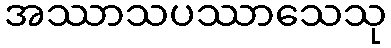
အဿာသပဿာသေသု